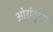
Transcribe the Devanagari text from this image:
ओरांगूटान